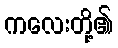
ကလေးတို့၏